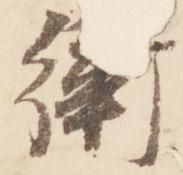
衛